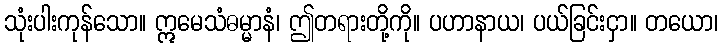
သုံးပါးကုန်သော။ ဣမေသံဓမ္မာနံ၊ ဤတရားတို့ကို။ ပဟာနာယ၊ ပယ်ခြင်းငှာ။ တယော၊